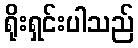
ရိုးရှင်းပါသည်